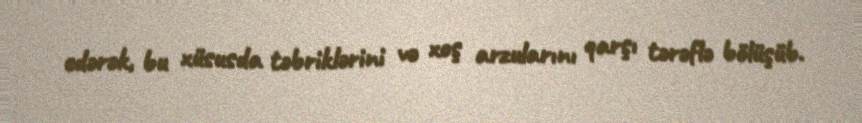
edərək, bu xüsusda təbriklərini və xoş arzularını qarşı tərəflə bölüşüb.